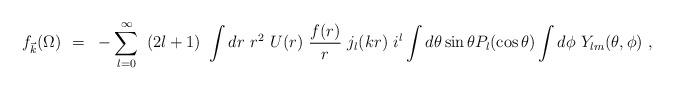
LaTeX: \begin{align*}f_{\vec k}(\Omega)~=~-\sum_{l=0}^{\infty}~(2l+1)~\int dr~r^2~U(r)~\frac{f(r)}{r}~j_l(kr)~i^l \int d\theta \sin \theta P_l(\cos\theta) \int d\phi ~Y_{lm}(\theta,\phi)~,\end{align*}